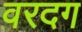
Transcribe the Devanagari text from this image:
वरदग